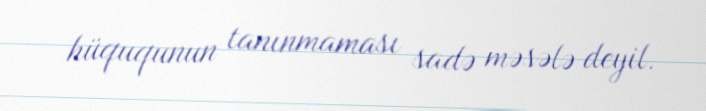
hüququnun tanınmaması sadə məsələ deyil.